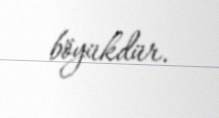
böyükdür.